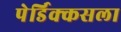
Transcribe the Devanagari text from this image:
पेर्डिक्कसला